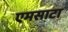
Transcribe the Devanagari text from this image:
एमसाटा